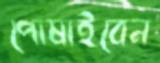
পোষাইবেন